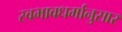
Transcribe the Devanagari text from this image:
स्वभावधर्मानुसार